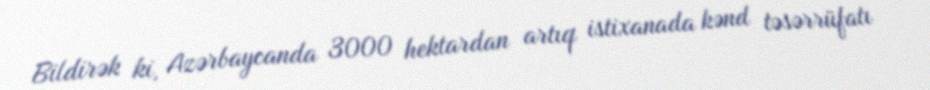
Bildirək ki, Azərbaycanda 3000 hektardan artıq istixanada kənd təsərrüfatı